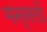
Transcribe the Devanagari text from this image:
मन्नतों